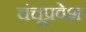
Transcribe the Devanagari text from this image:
चंचूप्रवेश